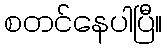
စတင်နေပါပြီ။